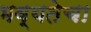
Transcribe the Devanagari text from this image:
भव्यतेचा